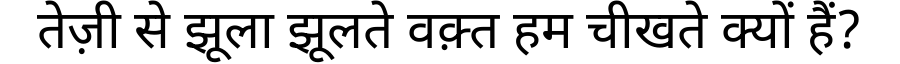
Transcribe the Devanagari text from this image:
तेज़ी से झूला झूलते वक़्त हम चीखते क्यों हैं?